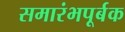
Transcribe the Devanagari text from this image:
समारंभपूर्बक